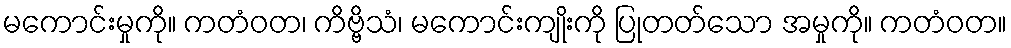
မကောင်းမှုကို။ ကတံဝတ၊ ကိဗ္ဗိသံ၊ မကောင်းကျိုးကို ပြုတတ်သော အမှုကို။ ကတံဝတ။